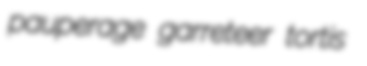
pauperage garreteer tortis